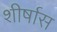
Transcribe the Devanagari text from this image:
शीर्षास